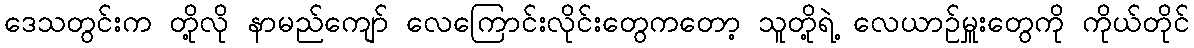
ဒေသတွင်းက တို့လို နာမည်ကျော် လေကြောင်းလိုင်းတွေကတော့ သူတို့ရဲ့ လေယာဉ်မှူးတွေကို ကိုယ်တိုင်